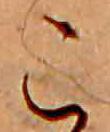
こ